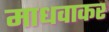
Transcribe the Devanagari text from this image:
माधवाकर